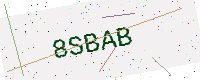
Text: 8SBAB